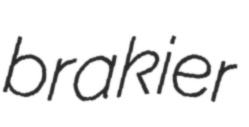
brakier